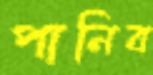
পানিব